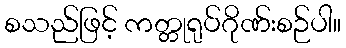
စသည်ဖြင့် ကတ္တုရုပ်ဂိုဏ်းစဉ်ပါ။